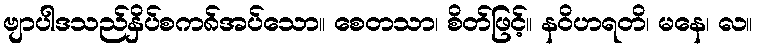
ဗျာပါဒသည်နှိပ်စက၈်အပ်သော။ စေတသာ၊ စိတ်ဖြင့်။ နဝိဟရတိ၊ မနေ၊ လ။